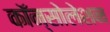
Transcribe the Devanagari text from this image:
कॉन्सोलेशन